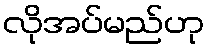
လိုအပ်မည်ဟု